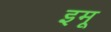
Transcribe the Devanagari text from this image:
इमू